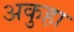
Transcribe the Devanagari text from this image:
अकुहा